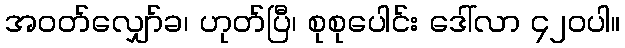
အဝတ်လျှော်ခ၊ ဟုတ်ပြီ၊ စုစုပေါင်း ဒေါ်လာ ၄၂၀ပါ။